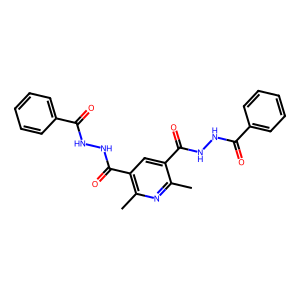
SMILES: Cc1nc(C)c(C(=O)NNC(=O)c2ccccc2)cc1C(=O)NNC(=O)c1ccccc1
Inhibits HIV replication: No